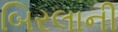
બિરલાની